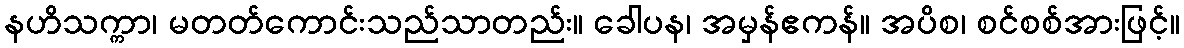
နဟိသက္ကာ၊ မတတ်ကောင်းသည်သာတည်း။ ခေါပန၊ အမှန်ဧကန်။ အပိစ၊ စင်စစ်အားဖြင့်။